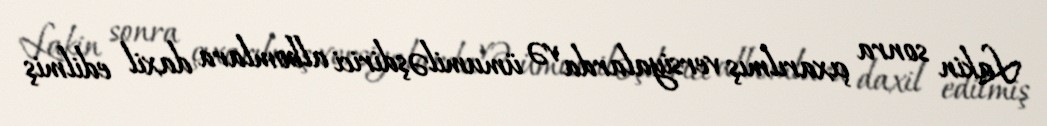
Lakin sonra çıxarılmış versiyalarda və ümumiləşdirici albomlara daxil edilmiş